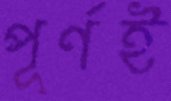
পূর্ণই